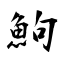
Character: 鮈